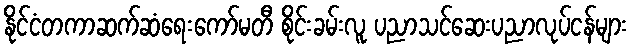
နိုင်ငံတကာဆက်ဆံရေးကော်မတီ စိုင်းခမ်းလူ ပညာသင်ဆေးပညာလုပ်ငန်များ